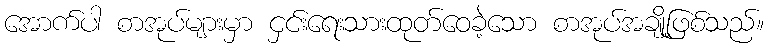
အောက်ပါ စာအုပ်များမှာ ငှင်းရေးသားထုတ်ဝေခဲ့သော စာအုပ်အချို့ဖြစ်သည်။